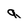
Character: q